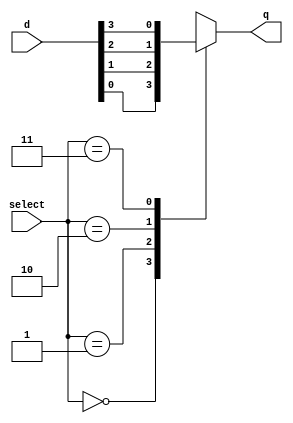
module mux4(input[1:0]  select, input[3:0] d, output reg q );
always @( select or d )
begin
   case( select )
       0 : q = d[0];
       1 : q = d[1];
       2 : q = d[2];
       3 : q = d[3];
   endcase
end
endmodule

module main;
reg [3:0] d;
reg [1:0] s;
wire q;

mux4 DUT (s, d, q);

initial
begin
  s = 0;
  d = 4'b0110;
end

always #50 begin
  s=s+1;
  $monitor("%4dns monitor: s=%d d=%d q=%d", $stime, s, d, q);
end

initial #1000 $finish;

endmodule